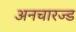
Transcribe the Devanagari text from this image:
अनचारज्ड